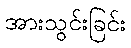
အားသွင်းခြင်း